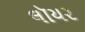
લૉયર